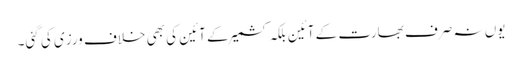
یوں نہ صرف بھارت کے آئین بلکہ کشمیر کے آئین کی بھی خلاف ورزی کی گئی۔